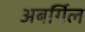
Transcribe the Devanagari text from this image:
अबर्गिल